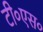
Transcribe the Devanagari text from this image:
टी०एस०